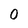
Character: 0